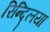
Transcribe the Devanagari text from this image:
रिन्द्लिया